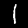
Digit: 1